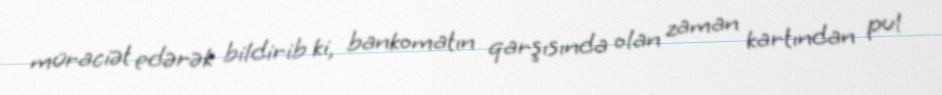
müraciət edərək bildirib ki, bankomatın qarşısında olan zaman kartından pul